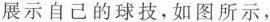
展示自己的球技，如图所示，